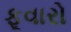
ફૂવારો